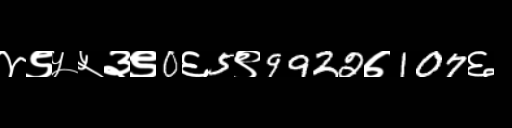
Text: ४९५५३९0६5९9922७107६